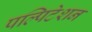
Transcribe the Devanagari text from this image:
पल्पिटेशन